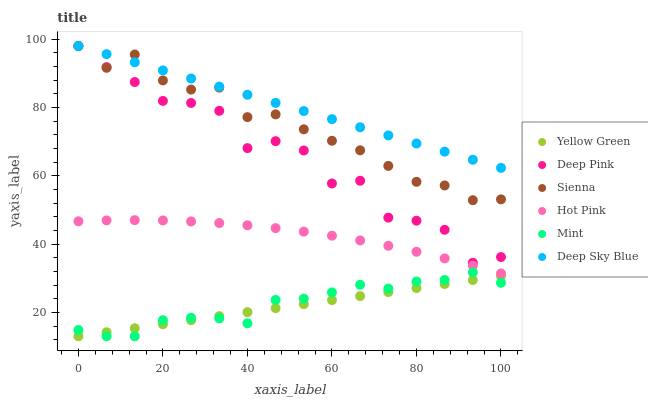
| xaxis_label | Yellow Green | Deep Pink | Sienna | Hot Pink | Mint | Deep Sky Blue |
 | --- | --- | --- | --- | --- | --- | --- |
 | 0 | 13 | 98 | 98 | 46.7 | 14.8 | 98 |
 | 6.67 | 14.2 | 91.8 | 91.6 | 46.9 | 13 | 95.6 |
 | 13.3 | 15.4 | 87.5 | 95.5 | 47 | 13 | 93.2 |
 | 20 | 16.5 | 81.9 | 87.9 | 46.9 | 17.7 | 90.9 |
 | 26.7 | 17.7 | 81.3 | 85.2 | 46.6 | 18.4 | 88.5 |
 | 33.3 | 18.9 | 79 | 85.8 | 46.2 | 18.3 | 86.1 |
 | 40 | 20.1 | 68.1 | 77.2 | 45.5 | 16.8 | 83.7 |
 | 46.7 | 21.2 | 70.1 | 78 | 44.7 | 23.6 | 81.3 |
 | 53.3 | 22.4 | 67.4 | 73.6 | 43.6 | 24 | 79 |
 | 60 | 23.6 | 57.8 | 70.2 | 42.4 | 25.8 | 76.6 |
 | 66.7 | 24.8 | 58.5 | 67.5 | 41.1 | 28.1 | 74.2 |
 | 73.3 | 25.9 | 47.7 | 62.9 | 39.5 | 27 | 71.8 |
 | 80 | 27.1 | 46.8 | 58.2 | 37.7 | 29 | 69.4 |
 | 86.7 | 28.3 | 44.2 | 57.2 | 35.8 | 29.5 | 67.1 |
 | 93.3 | 29.5 | 34.5 | 52.8 | 33.7 | 31.7 | 64.7 |
 | 100 | 30.6 | 36.2 | 53.1 | 31.4 | 28.7 | 62.3 |